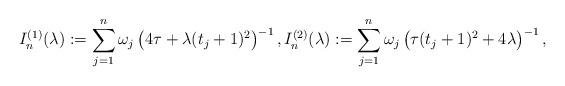
LaTeX: \begin{align*} I_n^{(1)}(\lambda):=\sum_{j=1}^n \omega_j \left( 4 \tau+\lambda (t_j+1)^2 \right)^{-1}, I_n^{(2)}(\lambda) := \sum_{j=1}^n \omega_j \left( \tau (t_j+1)^2 +4 \lambda \right)^{-1},\end{align*}